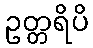
ဥတ္တရိပိ